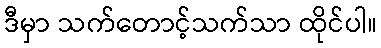
ဒီမှာ သက်တောင့်သက်သာ ထိုင်ပါ။